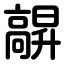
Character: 髜